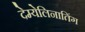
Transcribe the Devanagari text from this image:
देम्येलिनातिंग